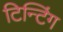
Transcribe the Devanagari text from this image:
टिन्टिंग